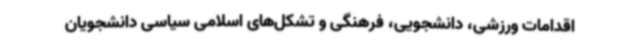
اقدامات ورزشی، دانشجویی، فرهنگی و تشکل‌های اسلامی سیاسی دانشجویان